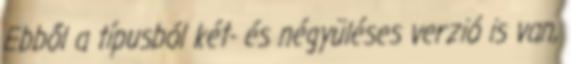
Ebből a típusból két- és négyüléses verzió is van,